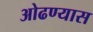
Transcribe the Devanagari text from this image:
ओढण्यास